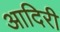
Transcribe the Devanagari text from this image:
आदिरी